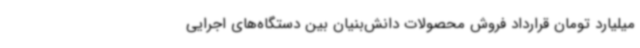
میلیارد تومان قرارداد فروش محصولات دانش‌بنیان بین دستگاه‌های اجرایی